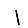
Digit: 1